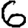
Digit: 6